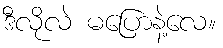
ဒီလိုလဲ မပြောနဲ့လေ။